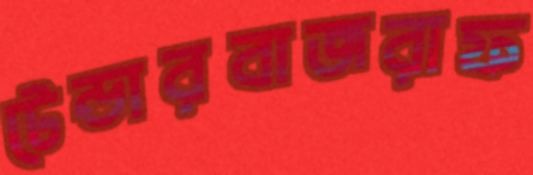
টেন্ডারবাজরাফ